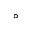
^ { \circ }